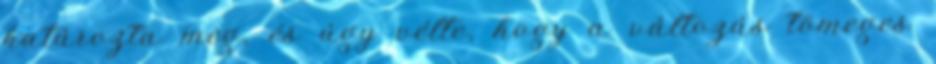
határozta meg, és úgy vélte, hogy a változás tömeges